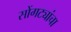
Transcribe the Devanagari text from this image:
सोंगट्यांचा